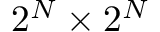
2 ^ { N } \times 2 ^ { N }